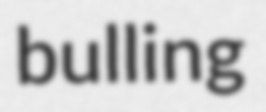
bulling